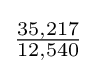
{\tfrac {35,217}{12,540}}